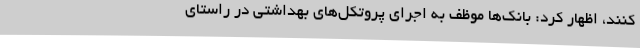
کنند، اظهار کرد: بانک‌ها موظف به اجرای پروتکل‌های بهداشتی در راستای